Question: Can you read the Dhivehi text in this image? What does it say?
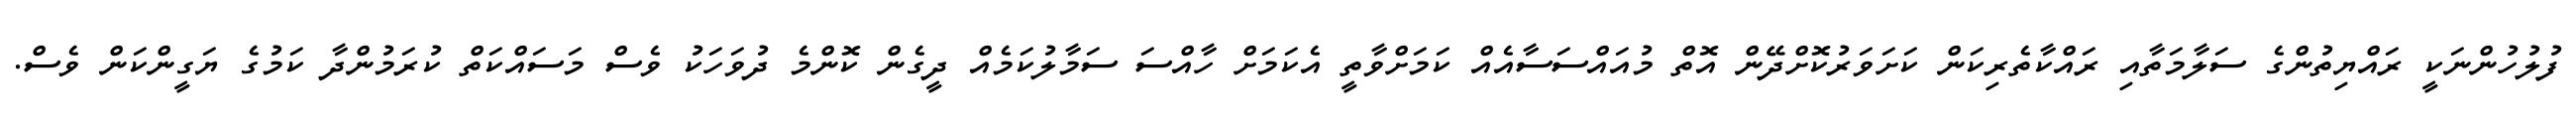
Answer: ފުލުހުންނަކީ ރައްޔިތުންގެ ސަލާމަތާއި ރައްކާތެރިކަން ކަށަވަރުކޮށްދޭން އޮތް މުއައްސަސާއެއް ކަމަށްވާތީ އެކަމަށް ހާއްސަ ސަމާލުކަމެއް ދީގެން ކޮންމެ ދުވަހަކު ވެސް މަސައްކަތް ކުރަމުންދާ ކަމުގެ ޔަގީންކަން ވެސް.